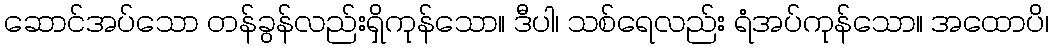
ဆောင်အပ်သော တန်ခွန်လည်းရှိကုန်သော။ ဒီပါ၊ သစ်ရေလည်း ရံအပ်ကုန်သော။ အထောပိ၊